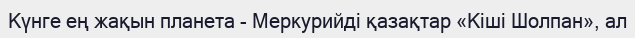
Күнге ең жақын планета - Меркурийді қазақтар «Кіші Шолпан», ал